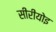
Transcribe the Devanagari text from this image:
सीरीयोइ